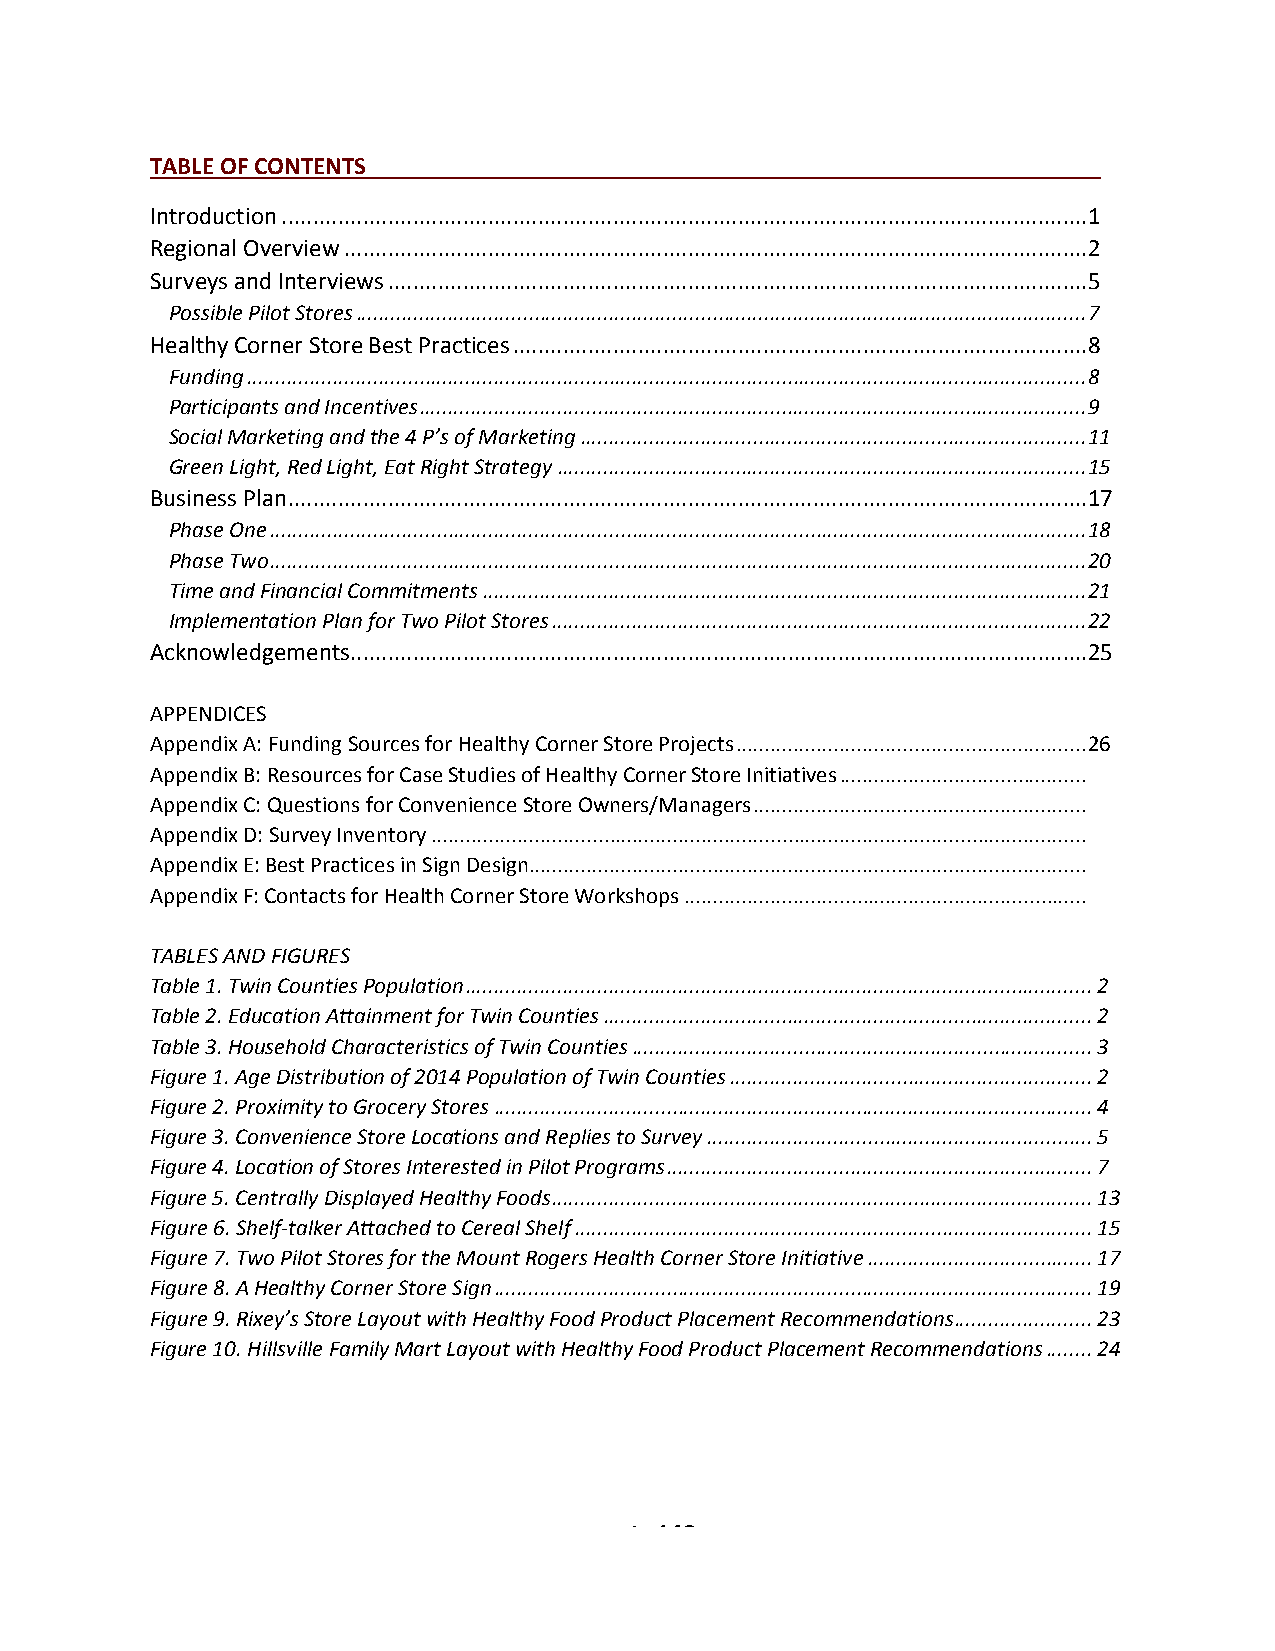
TABLE OF CONTENTS___________________________________________________________
 Introduction .................................................................................................................................1
 Regional Overview .......................................................................................................................2
 Surveys and Interviews ................................................................................................................5
 Possible Pilot Stores ............................................................................................................................... 7
 Healthy Corner Store Best Practices ............................................................................................8
 Funding .................................................................................................................................................. 8
 Participants and Incentives .................................................................................................................... 9
 Social Marketing and the 4 P’s of Marketing ........................................................................................ 11
 Green Light, Red Light, Eat Right Strategy ............................................................................................ 15
 Business Plan ................................................................................................................................17
 Phase One .............................................................................................................................................. 18
 Phase Two .............................................................................................................................................. 20
 Time and Financial Commitments ......................................................................................................... 21
 Implementation Plan for Two Pilot Stores ............................................................................................. 22
 Acknowledgements ......................................................................................................................25
 APPENDICES
 Appendix A: Funding Sources for Healthy Corner Store Projects ............................................................. 26
 Appendix B: Resources for Case Studies of Healthy Corner Store Initiatives ...........................................
 Appendix C: Questions for Convenience Store Owners/Managers ..........................................................
 Appendix D: Survey Inventory ..................................................................................................................
 Appendix E: Best Practices in Sign Design .................................................................................................
 Appendix F: Contacts for Health Corner Store Workshops ......................................................................
 TABLES AND FIGURES
 Table 1. Twin Counties Population ............................................................................................................. 2
 Table 2. Education Attainment for Twin Counties ..................................................................................... 2
 Table 3. Household Characteristics of Twin Counties ................................................................................ 3
 Figure 1. Age Distribution of 2014 Population of Twin Counties ............................................................... 2
 Figure 2. Proximity to Grocery Stores ........................................................................................................ 4
 Figure 3. Convenience Store Locations and Replies to Survey ................................................................... 5
 Figure 4. Location of Stores Interested in Pilot Programs .......................................................................... 7
 Figure 5. Centrally Displayed Healthy Foods .............................................................................................. 13
 Figure 6. Shelf-talker Attached to Cereal Shelf .......................................................................................... 15
 Figure 7. Two Pilot Stores for the Mount Rogers Health Corner Store Initiative ....................................... 17
 Figure 8. A Healthy Corner Store Sign ........................................................................................................ 19
 Figure 9. Rixey’s Store Layout with Healthy Food Product Placement Recommendations ........................ 23
 Figure 10. Hillsville Family Mart Layout with Healthy Food Product Placement Recommendations ........ 24
 Page 2 of 48